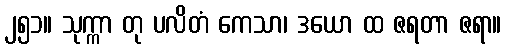
၂၅၁။ သုက္ကာ တု ပလိတံ ကေသာ၊ ဒယော ထ ဇရတာ ဇရာ။